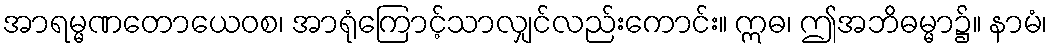
အာရမ္မဏတောယေဝစ၊ အာရုံကြောင့်သာလျှင်လည်းကောင်း။ ဣဓ၊ ဤအဘိဓမ္မာ၌။ နာမံ၊